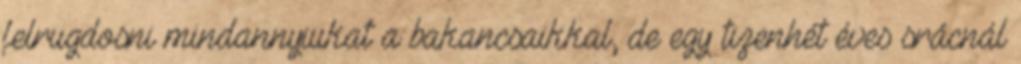
felrugdosni mindannyiukat a bakancsaikkal, de egy tizenhét éves srácnál